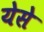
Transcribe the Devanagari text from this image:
येसे